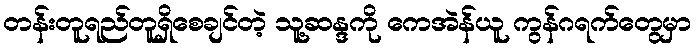
တန်းတူရည်တူရှိစေချင်တဲ့ သူ့ဆန္ဒကို ကေအဲန်ယူ ကွန်ဂရက်တွေမှာ